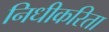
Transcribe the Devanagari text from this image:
निधीकरिता